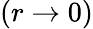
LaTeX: \left(r\rightarrow 0\right)